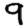
Digit: 9